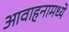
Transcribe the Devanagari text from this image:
आवाहनामध्ये